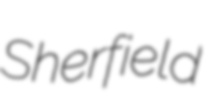
Sherfield